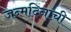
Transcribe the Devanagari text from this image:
जन्मदिनाची